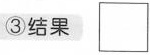
③结果 \Box